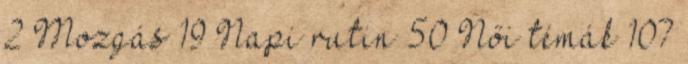
2 Mozgás 19 Napi rutin 50 Női témák 107